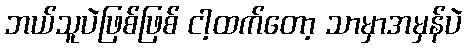
ဘယ်သူပဲဖြစ်ဖြစ် ငါ့ထက်တော့ သာမှာအမှန်ပဲ